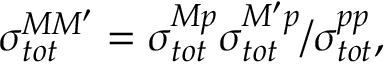
\sigma _ { t o t } ^ { M M ^ { \prime } } = \sigma _ { t o t } ^ { M p } \sigma _ { t o t } ^ { M ^ { \prime } p } / \sigma _ { t o t } ^ { p p } ,